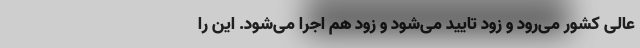
عالی کشور می‌رود و زود تایید می‌شود و زود هم اجرا می‌شود. این را